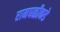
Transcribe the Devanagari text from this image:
रामघळीकडे